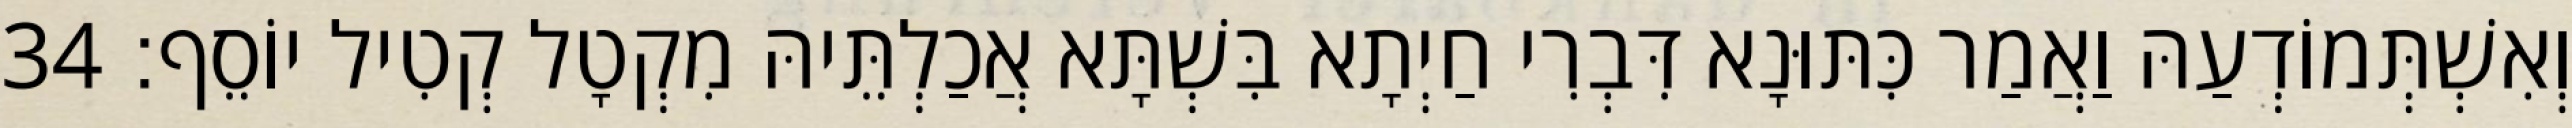
וְאִשְׁתְּמוֹדְעַהּ וַאֲמַר כִּתּוּנָא דִּבְרִי חַיְתָא בִּשְׁתָּא אֲכַלְתֵּיהּ מִקְטָל קְטִיל יוֹסֵף׃ 34